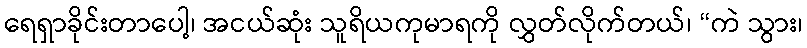
ရေရှာခိုင်းတာပေါ့၊ အငယ်ဆုံး သူရိယကုမာရကို လွှတ်လိုက်တယ်၊ “ကဲ သွား၊